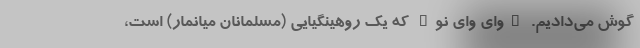
گوش می‌دادیم. "وای وای نو" که یک روهینگیایی (مسلمانان میانمار) است،